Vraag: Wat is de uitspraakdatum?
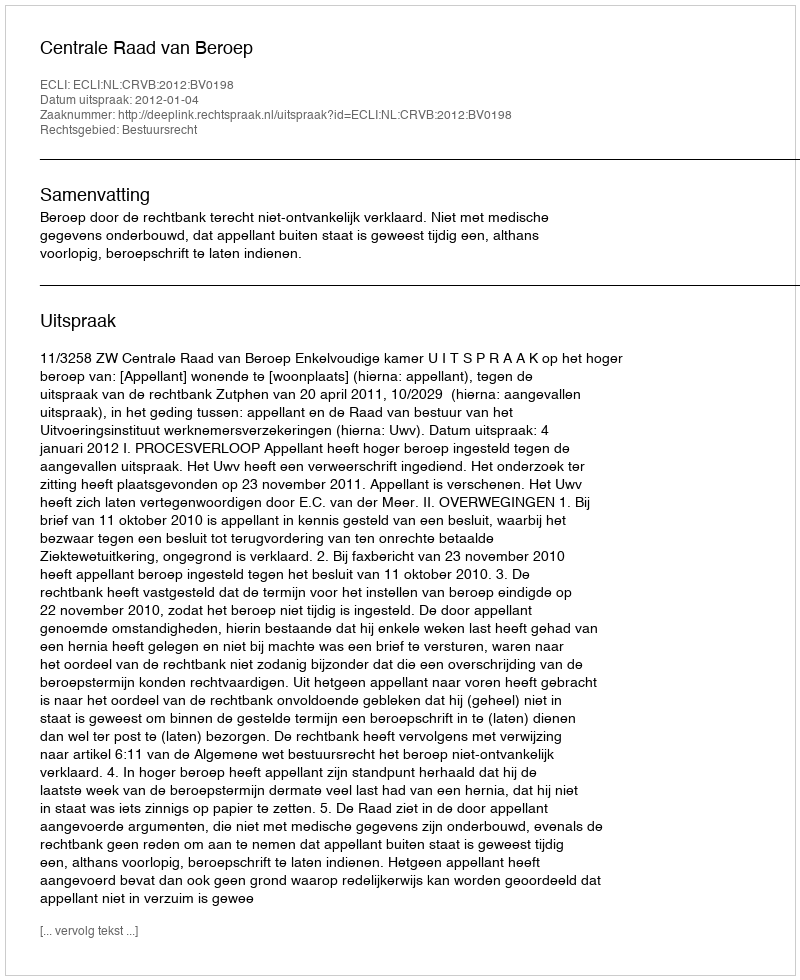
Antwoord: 2012-01-04